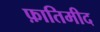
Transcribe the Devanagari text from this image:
फ़ातिमीद